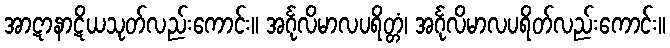
အာဋာနာဋိယသုတ်လည်းကောင်း။ အင်္ဂုလိမာလပရိတ္တံ၊ အင်္ဂုလိမာလပရိတ်လည်းကောင်း။